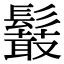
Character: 𩯍